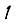
Digit: 1